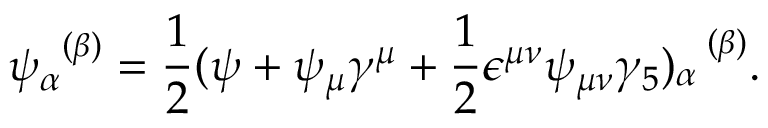
{ \psi _ { \alpha } } ^ { ( \beta ) } = \frac { 1 } { 2 } ( \psi + \psi _ { \mu } \gamma ^ { \mu } + \frac { 1 } { 2 } \epsilon ^ { \mu \nu } \psi _ { \mu \nu } \gamma _ { 5 } ) _ { \alpha } ^ { \ \ ( \beta ) } .